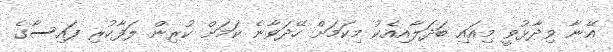
އޭނާ ވިދާޅުވީ މިއައި ބަދަލާއިއެކު މިކަމަށް ހޭދަވާނެ ކަމަށް ކުރިން ލަފާކުރި ފައިސާގެ